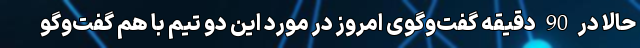
حالا در 90 دقیقه گفت‌وگوی امروز در مورد این دو تیم با هم گفت‌وگو